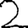
Digit: 2